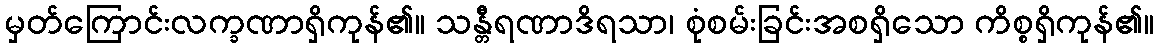
မှတ်ကြောင်းလက္ခဏာရှိကုန်၏။ သန္တီရဏာဒိရသာ၊ စုံစမ်းခြင်းအစရှိသော ကိစ္စရှိကုန်၏။